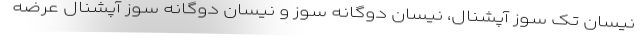
نیسان تک سوز آپشنال، نیسان دوگانه سوز و نیسان دوگانه سوز آپشنال عرضه